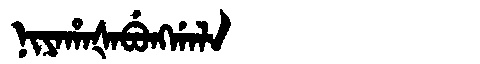
Manchu: ᠨᡳᠶᠠᡥᠠᡧᠠᠪᡠᠩᡤᠠᠯᠠ
Romanization: NIYAHAŠABUNGGALA